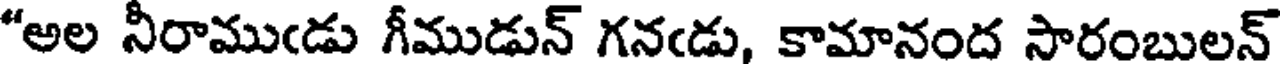
"అల నీరాముఁడు గీముడున్ గనఁడు, కామానంద సారంబులన్